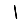
Digit: 1